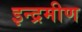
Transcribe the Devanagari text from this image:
इन्द्रमीण